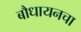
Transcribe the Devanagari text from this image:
बौधायनचा